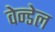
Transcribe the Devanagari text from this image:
वेन्डेल